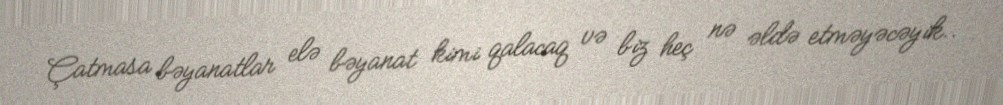
Çatmasa bəyanatlar elə bəyanat kimi qalacaq və biz heç nə əldə etməyəcəyik..